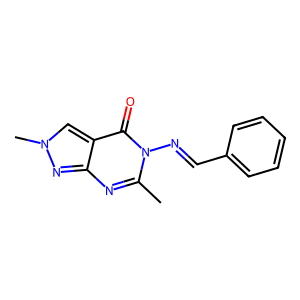
SMILES: Cc1nc2nn(C)cc2c(=O)n1N=Cc1ccccc1
Inhibits HIV replication: No